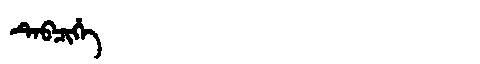
Manchu: ᡨᡝᠪᠴᡳᡥᡝ
Romanization: TEBCIHE